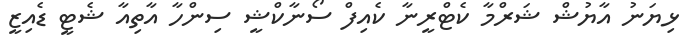
ޅިޔަނު އާޔުޝް ޝަރްމާ ކެޓްރީނާ ކެއިފް ސޯނާކްޝީ ސިންހާ އާތިއާ ޝެޓީ ޑެއިޒީ